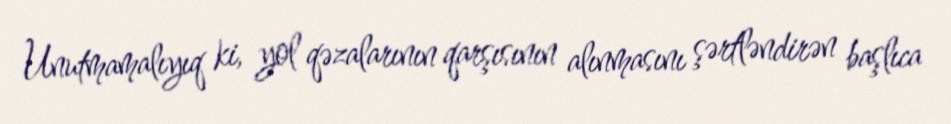
Unutmamalıyıq ki, yol qəzalarının qarşısının alınmasını şərtləndirən başlıca